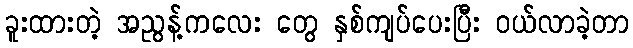
ခူးထားတဲ့ အညွန့်ကလေး တွေ နှစ်ကျပ်ပေးပြီး ဝယ်လာခဲ့တာ